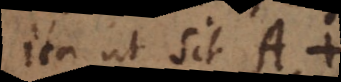
ita ut sit A +